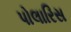
પોલારિસ